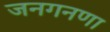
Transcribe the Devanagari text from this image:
जनगनणा